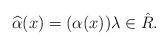
LaTeX: \begin{align*}\widehat{\alpha}(x) = (\alpha(x))\lambda \in \Hat{R}.\end{align*}